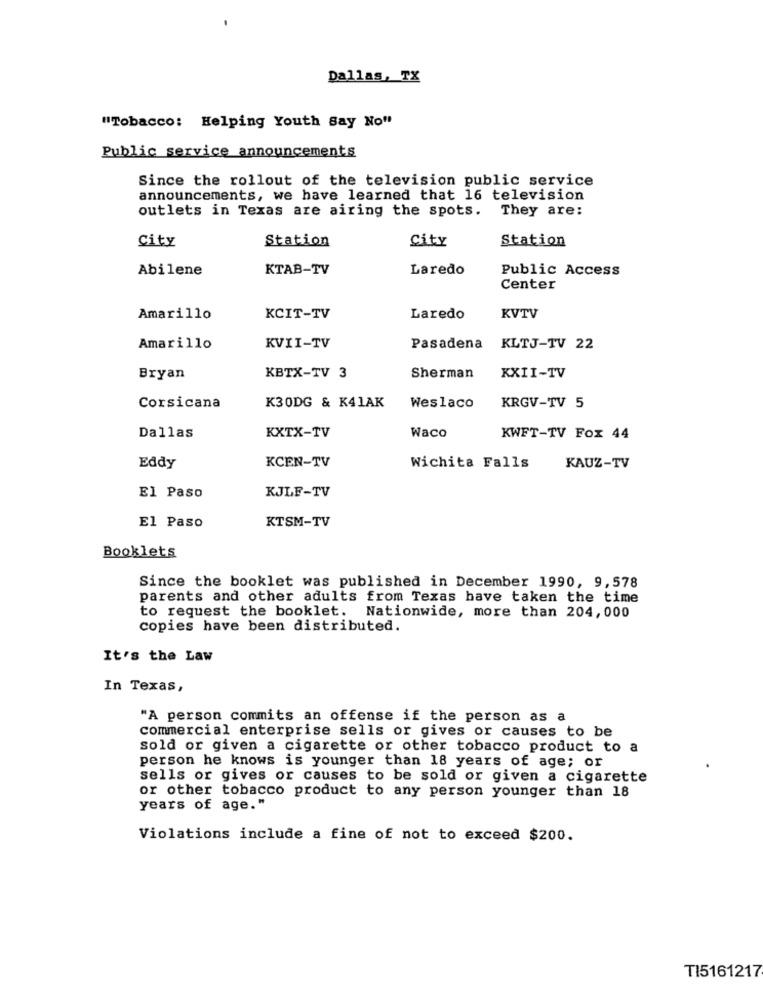
-
Dallas, TX
"Tobacco: Helping Youth Say No"
Public service announcements
Since the rollout of the television public service
announcements, we have learned that 16 television
outlets in Texas are airing the spots. They are:
City
Station
City
Station
Abilene
KTAB-TV
Laredo
Public Access
Center
Amarillo
KCIT-TV
Laredo
KVTV
Amarillo
KVII-TV
Pasadena
KLTJ-TV 22
Bryan
KBTX-TV 3
Sherman
XXII-TV
Corsicana
K30DG & K41AK
Weslaco
KRGV-TV 5
Dallas
KXTX-TV
Waco
KWFT-TV Fox 44
KCEN-TV
Eddy
Wichita Falls
KAUZ-TV
KJLF-TV
El Paso
KTSM-TV
El Paso
Booklets
Since the booklet was published in December 1990, 9,578
parents and other adults from Texas have taken the time
to request the booklet. Nationwide, more than 204,000
copies have been distributed.
It's the Law
In Texas,
"A person commits an offense if the person as a
commercial enterprise sells or gives or causes to be
sold or given a cigarette or other tobacco product to a
person he knows is younger than 18 years of age; or
sells or gives or causes to be sold or given a cigarette
or other tobacco product to any person younger than 18
years of age."
Violations include a fine of not to exceed $200.
TI5161217